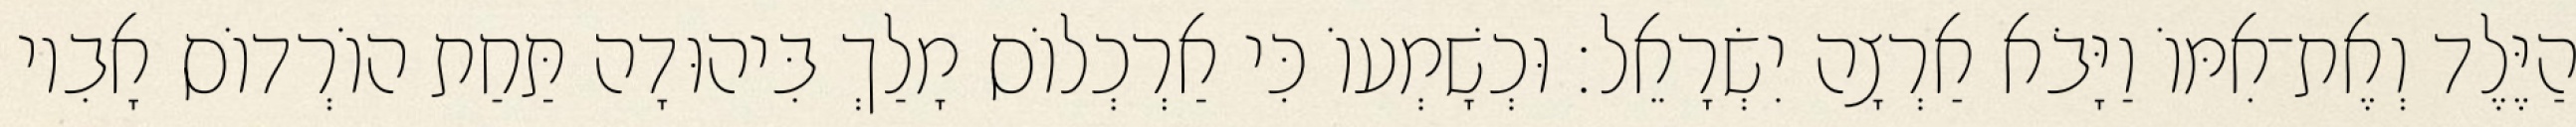
הַיֶּלֶד וְאֶת־אִמּוֹ וַיָּבֹא אַרְצָה יִשְׂרָאֵל׃ וּכְשָׁמְעוֹ כִּי אַרְכְלוֹס מָלַךְ בִּיהוּדָה תַּחַת הוֹרְדוֹס אָבִיו